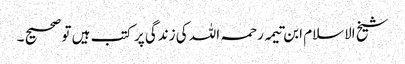
شیخ الاسلام ابن تیمہ رحمہ اللہ کی زندگی پر کتب ہیں تو صحیح ۔